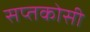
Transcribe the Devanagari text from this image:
सप्तकोसी